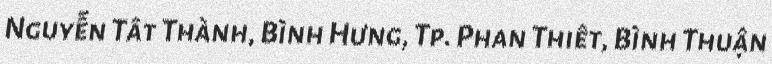
Nguyễn Tất Thành, Bình Hưng, Tp. Phan Thiết, Bình Thuận